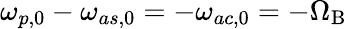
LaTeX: \omega_{p,0}-\omega_{as,0}=-\omega_{ac,0}=-\Omega_{\mathrm{B}}